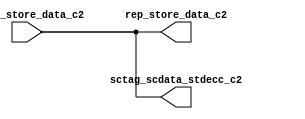
module sctag_stdatarep(/*AUTOARG*/
   // Outputs
   rep_store_data_c2, sctag_scdata_stdecc_c2, 
   // Inputs
   arbdp_store_data_c2
   );


// The left has 78 M3 pins.
// This control block needs to be 300-350U tall and ~50-60U wide.
input  [77:0]	arbdp_store_data_c2; // LEft

output  [77:0]	rep_store_data_c2;  // Top
output  [77:0]	sctag_scdata_stdecc_c2;  // Right


// 78 data bits.
assign	sctag_scdata_stdecc_c2 = arbdp_store_data_c2 ;


assign	rep_store_data_c2 = arbdp_store_data_c2 ;


endmodule